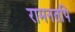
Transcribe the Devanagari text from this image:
रामनतपि